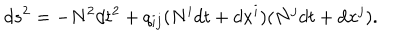
LaTeX: d s ^ { 2 } = - N ^ { 2 } d t ^ { 2 } + q _ { i j } ( N ^ { i } d t + d x ^ { i } ) ( N ^ { j } d t + d x ^ { j } ) .